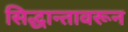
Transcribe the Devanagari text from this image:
सिद्धान्तावरून